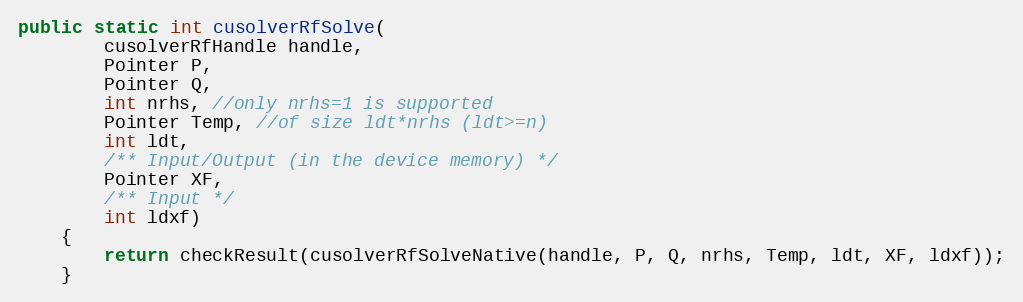
Language: Java
public static int cusolverRfSolve(
        cusolverRfHandle handle,
        Pointer P,
        Pointer Q,
        int nrhs, //only nrhs=1 is supported
        Pointer Temp, //of size ldt*nrhs (ldt>=n)
        int ldt,
        /** Input/Output (in the device memory) */
        Pointer XF,
        /** Input */
        int ldxf)
    {
        return checkResult(cusolverRfSolveNative(handle, P, Q, nrhs, Temp, ldt, XF, ldxf));
    }